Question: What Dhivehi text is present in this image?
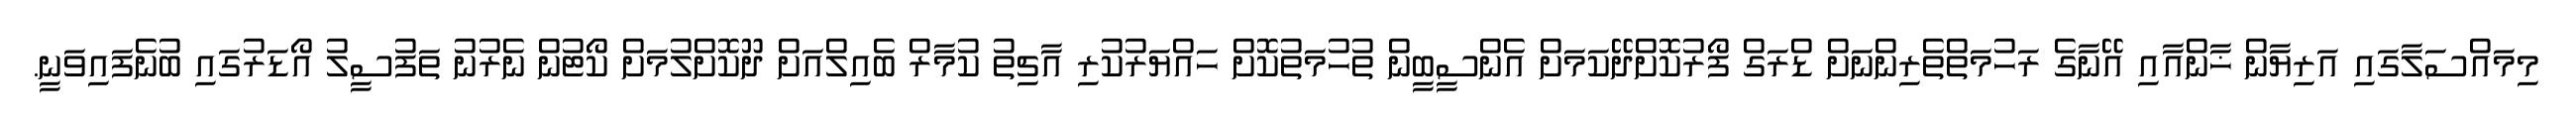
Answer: މިމައްސަލާގައި އަރިޔާން ޚާންއާއި އޭނާގެ ރަހުމަތްތެރިންނަށް ޑްރަގް ފޯރުކޮށްދޭކަމަށް އެންސީބީން ތުހުމަތުކޮށް ހައްޔަރުކުރި އާޗިތު ކުމާރް ބެއިލްއަށް ދޫކޮށްލުމަށް ކޯޓުން ނެރުނު ތަފުސީލު އޯޑަރުގައި ބުނެފައިވަނީ.